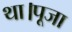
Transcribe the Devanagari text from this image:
था।पूजा